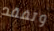
وتفقد